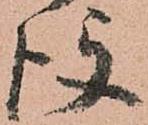
後